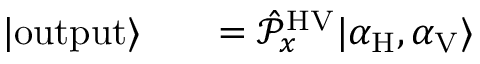
\begin{array} { r l r } { | \mathrm { o u t p u t } \rangle } & { { } } & { = \hat { \mathcal P } _ { x } ^ { \mathrm { H V } } | \alpha _ { \mathrm { H } } , \alpha _ { \mathrm { V } } \rangle } \end{array}